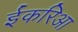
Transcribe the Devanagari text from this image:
ईकरिआ